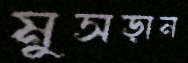
মুসড়ান